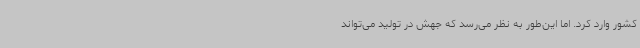
کشور وارد کرد. اما این‌طور به نظر می‌رسد که جهش در تولید می‌تواند